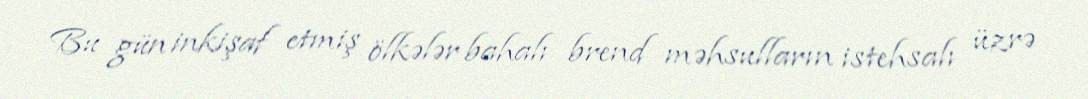
Bu gün inkişaf etmiş ölkələr bahalı brend məhsulların istehsalı üzrə